Lunatic asylums Bombay report 1891-1903 - 1891-1903
Year: 1891
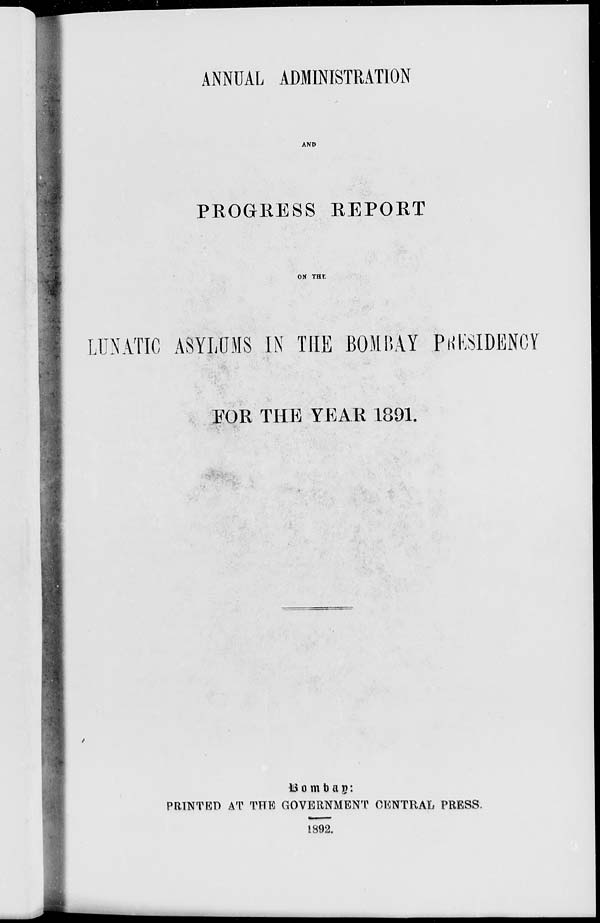
ANNUAL ADMINISTRATION
AND
PROGRESS REPORT
ON THE
LUNATIC ASYLUMS IN THE BOMBAY PRES
Bombay:
PRINTED AT THE GOVERNMENT CENTRAL PRESS.
1892.